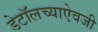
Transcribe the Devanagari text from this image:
डेटॉलच्याऐवजी